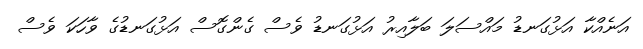
އަނެއްކާ އަޅުގަނޑު މައްސަލަ ބަލާއިރު އަޅުގަނޑު ވެސް ގެންގޮސް އަޅުގަނޑުގެ ވާހަކަ ވެސް